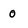
Character: 0